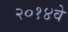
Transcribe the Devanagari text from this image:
२०१४वे